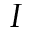
I